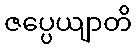
ဇပ္ပေယျာတိ